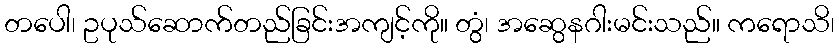
တပေါ၊ ဥပုသ်ဆောက်တည်ခြင်းအကျင့်ကို။ တွံ၊ အဆွေနဂါးမင်းသည်။ ကရောသိ၊